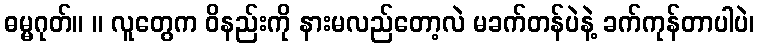
ဓမ္မဂုတ်။ ။ လူတွေက ဝိနည်းကို နားမလည်တော့လဲ မခက်တန်ပဲနဲ့ ခက်ကုန်တာပါပဲ၊